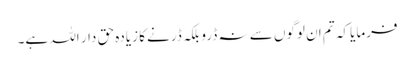
فرمایا کہ تم ان لوگوں سے نہ ڈرو بلکہ ڈرنے کا زیادہ حق دار اللہ ہے۔